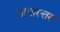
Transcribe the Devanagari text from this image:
नागारत्तर